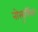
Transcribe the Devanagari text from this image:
नोरबुलिंका